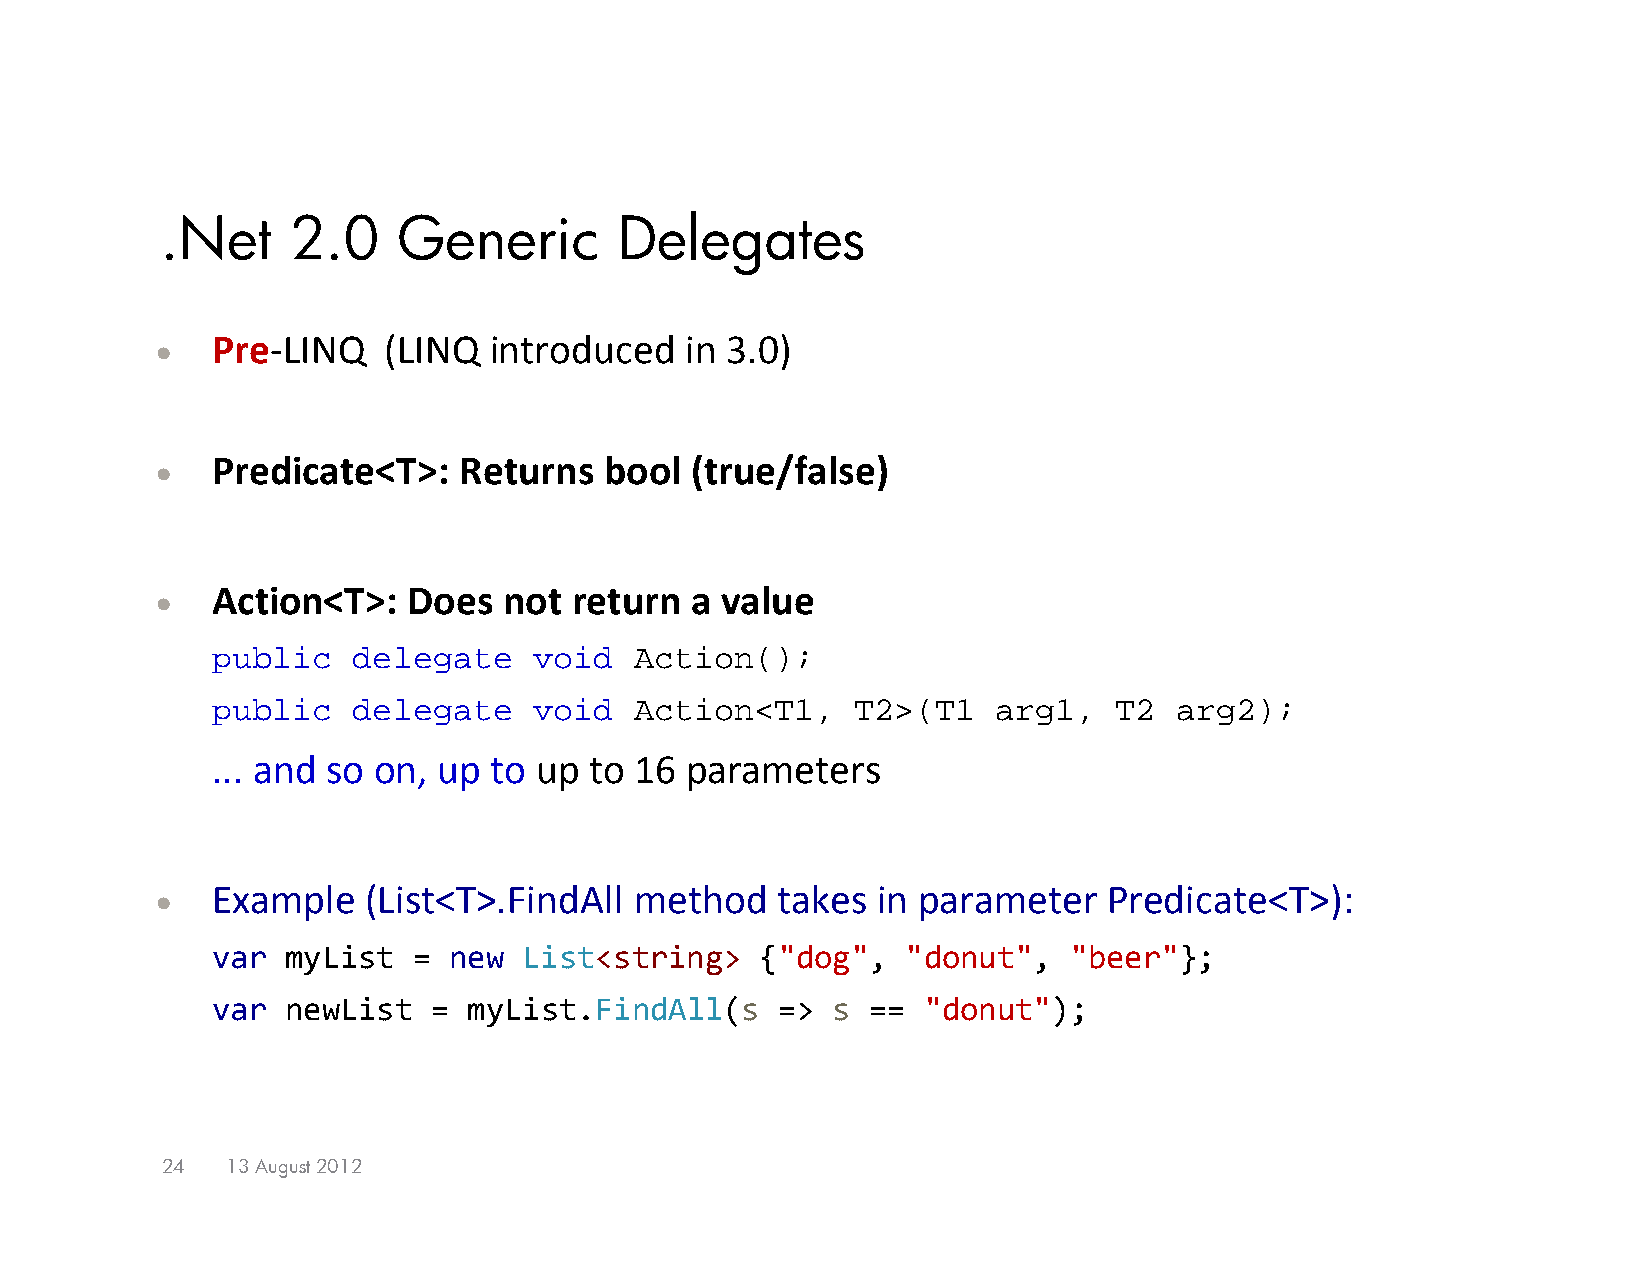
.Net    2.0    Generic        Delegates
    Pre‐LINQ   (LINQ  introduced   in 3.0)
    Predicate<T>:   Returns   bool  (true/false)
    Action<T>:   Does  not  return  a value
 public   delegate    void   Action();
 public   delegate    void   Action<T1,     T2>(T1   arg1,   T2  arg2);
 ... and so on, up to up  to 16 parameters
    Example   (List<T>.FindAll  method   takes  in parameter   Predicate<T>):
 var  myList  =  new  List<string>   {"dog",   "donut",   "beer"};
 var  newList   = myList.FindAll(s    =>  s ==  "donut");
 24  13 August 2012